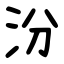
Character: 汾